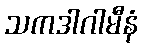
သကဒါဂါမီနံ